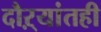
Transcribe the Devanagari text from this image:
दौऱ्यांतही